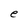
Character: e